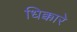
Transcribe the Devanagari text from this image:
धिक्कारे